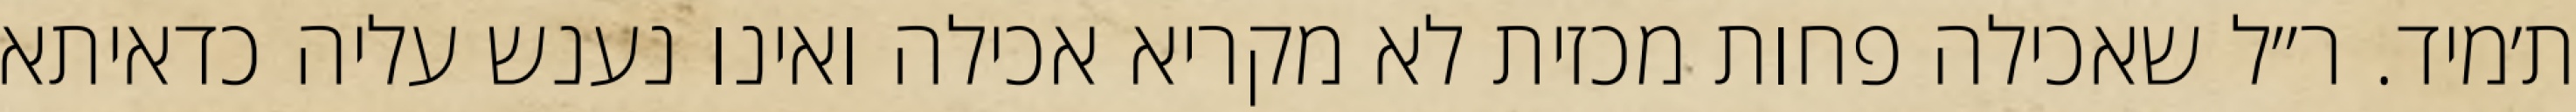
ת׳מיד. ר״ל שאכילה פחות מכזית לא מקריא אכילה ואינו נענש עליה כדאיתא